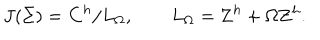
J ( \Sigma ) = { \bf C } ^ { h } / L _ { \Omega } , \qquad L _ { \Omega } = { \bf Z } ^ { h } + \Omega { \bf Z } ^ { h } .